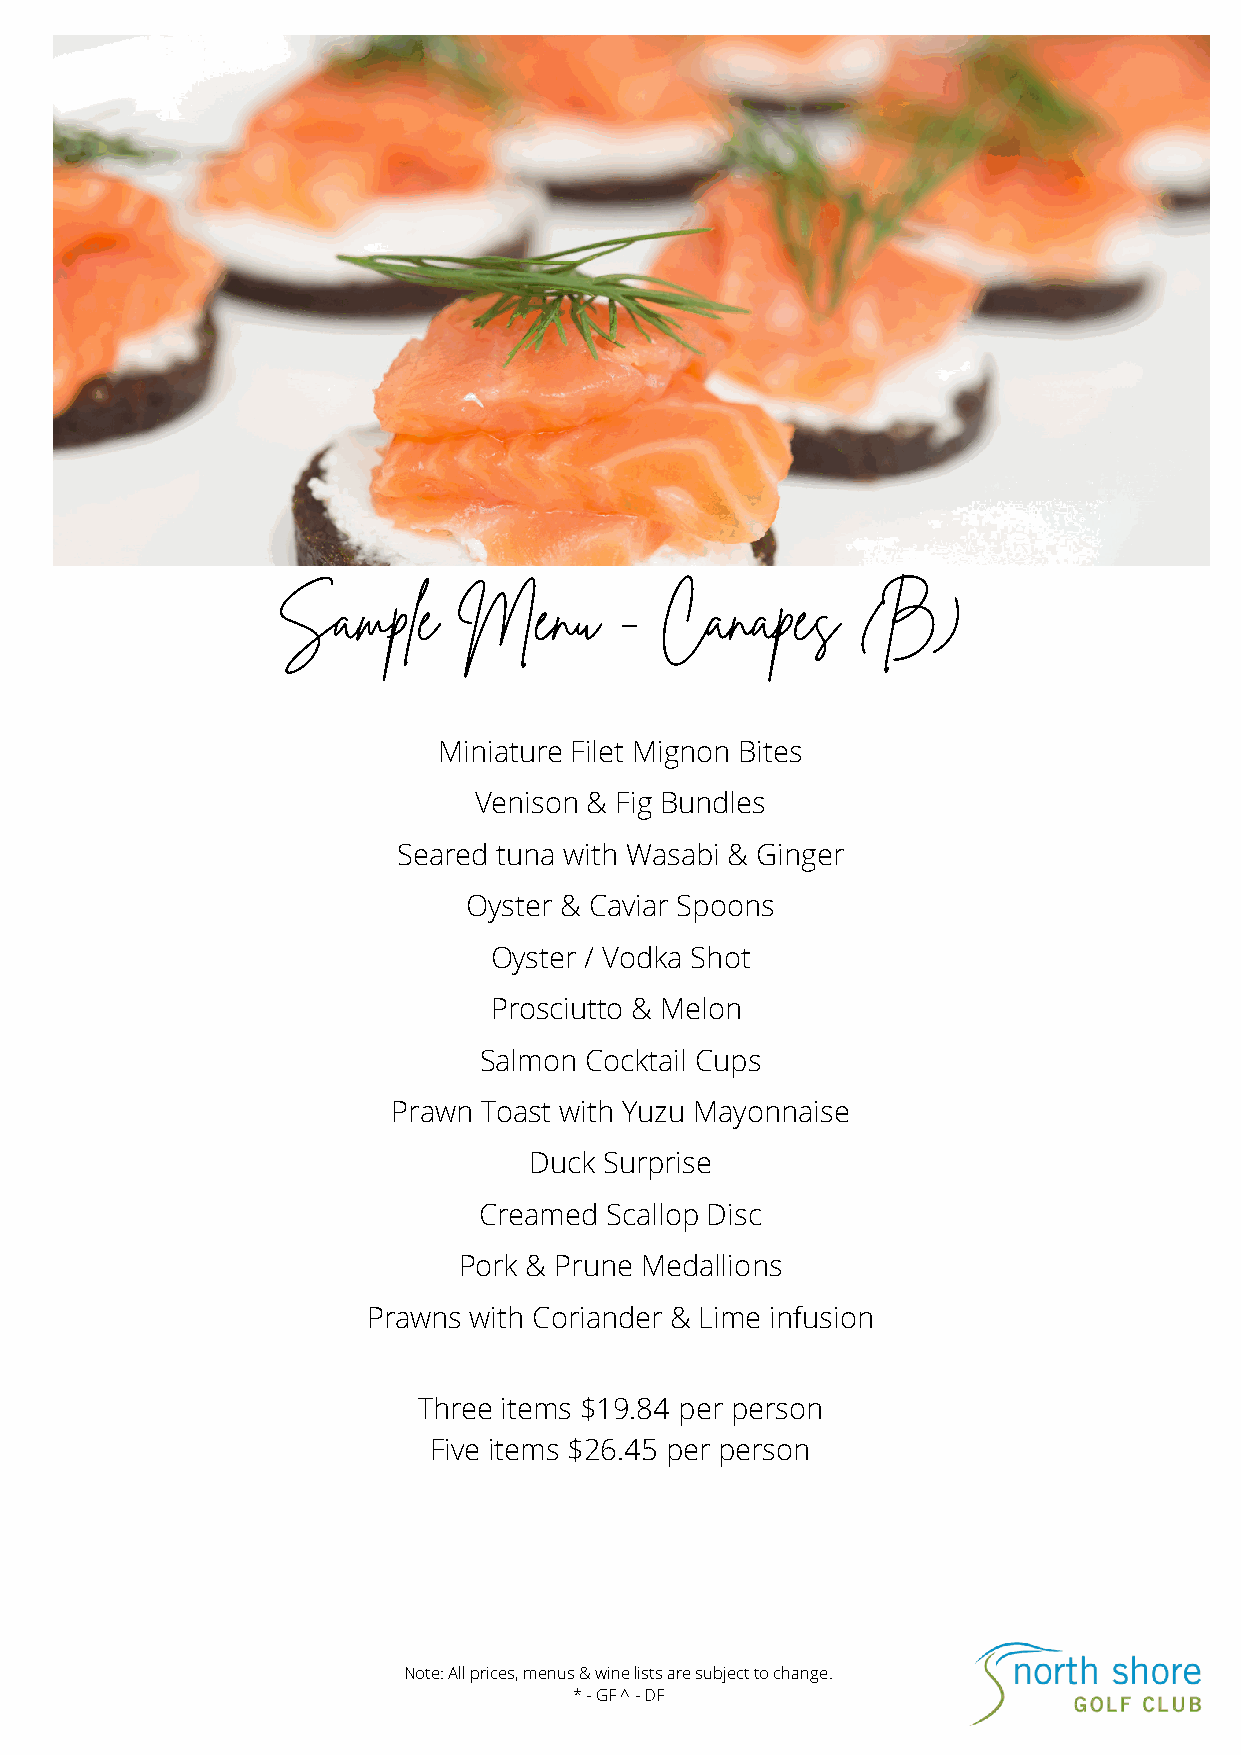
Sample      Menu       -  Canapes      (B)
 Miniature Filet Mignon Bites
 Venison & Fig Bundles
 Seared tuna with Wasabi & Ginger
 Oyster & Caviar Spoons
 Oyster / Vodka Shot
 Prosciutto & Melon
 Salmon Cocktail Cups
 Prawn Toast with Yuzu Mayonnaise
 Duck Surprise
 Creamed Scallop Disc
 Pork & Prune Medallions
 Prawns with Coriander & Lime infusion
 Three items $19.84 per person
 Five items $26.45 per person
 Note: All prices, menus & wine lists are subject to change.
 * - GF ^ - DF